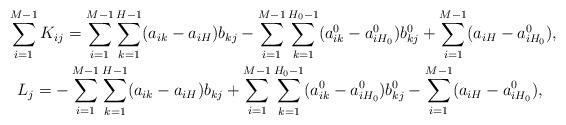
LaTeX: \begin{gather*}\sum_{i=1}^{M-1}K_{ij} =\sum_{i=1}^{M-1} \sum_{k=1}^{H-1} (a_{ik}-a_{iH})b_{kj} -\sum_{i=1}^{M-1} \sum_{k=1}^{H_0-1} (a^0_{ik}-a^0_{iH_0})b^0_{kj}+ \sum_{i=1}^{M-1} (a_{iH}-a^0_{iH_0}), \\L_j=-\sum_{i=1}^{M-1} \sum_{k=1}^{H-1} (a_{ik}-a_{iH})b_{kj} +\sum_{i=1}^{M-1} \sum_{k=1}^{H_0-1}(a^0_{ik}-a^0_{iH_0}) b^0_{kj}- \sum_{i=1}^{M-1} (a_{iH}-a^0_{iH_0}),\end{gather*}